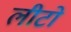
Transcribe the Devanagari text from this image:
लीटो